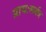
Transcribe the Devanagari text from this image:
प्रायःसर्वत्र